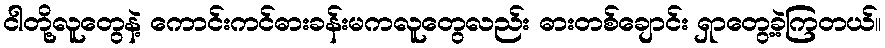
ငါတို့လူတွေနဲ့ ကောင်းကင်ဓားခန်းမကလူတွေလည်း ဓားတစ်ချောင်း ရှာတွေ့ခဲ့ကြတယ်။